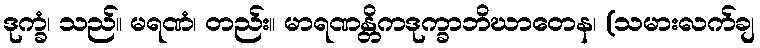
ဒုက္ခံ၊ သည်။ မရဏံ၊ တည်း။ မာရဏန္တိကဒုက္ခာဘိဃာတေန၊ (သမားလက်ချ